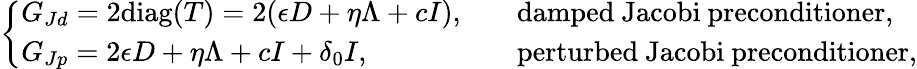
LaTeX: \left\{ \begin{array}{ll}{G_{Jd}=2\mathrm{diag}(T)=2(\epsilon D+\eta\Lambda+cI),\quad}&{\mathrm{damped~Jacobi~preconditioner},}\\ {G_{Jp}=2{\epsilon}D+\eta\Lambda+cI+\delta_{0}I,\quad}&{\mathrm{perturbed~Jacobi~preconditioner},}\end{array}\right.